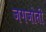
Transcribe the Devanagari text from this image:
जगजोती